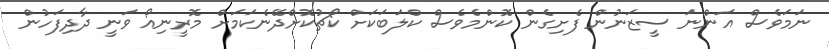
ނަމަވެސް އަންނަ ސީޒަނުން ފެށިގެން ކޮންމެވެސް ކްލަބަކަށް ކޯޗުކޮށްދޭނެކަމަށް މޮރީނިއޯ ވަނީ ދާދިފަހުން